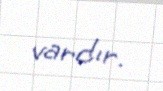
vardır.